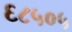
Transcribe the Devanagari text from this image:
६८५०५